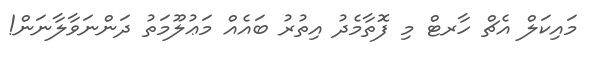
މައިކަލް އެޗް ހާރޓް މި ފޮތާމެދު އިތުރު ބައެެއް މަޢުލޫމަތު ދަންނަވާލާނަން!